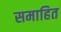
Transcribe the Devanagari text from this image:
समाहित